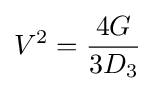
V^{2}={\frac {4G}{3D_{3}}}